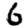
Digit: 6